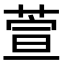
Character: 萱